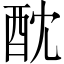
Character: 酖